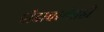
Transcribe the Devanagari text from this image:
प्रौढावस्थेतही